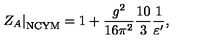
\left. Z _ { A } \right| _ { \mathrm { N C Y M } } = 1 + \frac { g ^ { 2 } } { 1 6 \pi ^ { 2 } } \frac { 1 0 } { 3 } \frac { 1 } { \varepsilon ^ { \prime } } ,